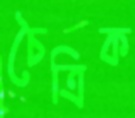
চৈত্রিক